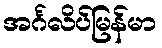
အင်္ဂလိပ်မြန်မာ